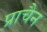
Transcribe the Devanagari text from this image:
प्राचैन